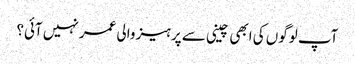
آپ لوگوں کی ابھی چینی سے پرہیز والی عمر نہیں آئی؟